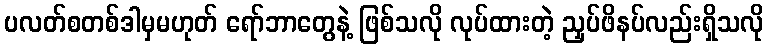
ပလတ်စတစ်ဒါမှမဟုတ် ရော်ဘာတွေနဲ့ ဖြစ်သလို လုပ်ထားတဲ့ ညှပ်ဖိနပ်လည်းရှိသလို